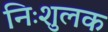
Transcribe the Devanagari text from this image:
निःशुलक